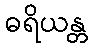
ဓရိယန္တ